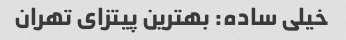
خیلی ساده: بهترین پیتزای تهران